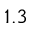
1 . 3